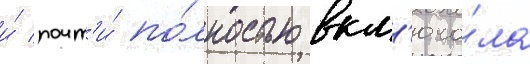
и́ почт'и́ по́лностью вкл'юча́ла